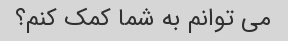
می توانم به شما کمک کنم؟